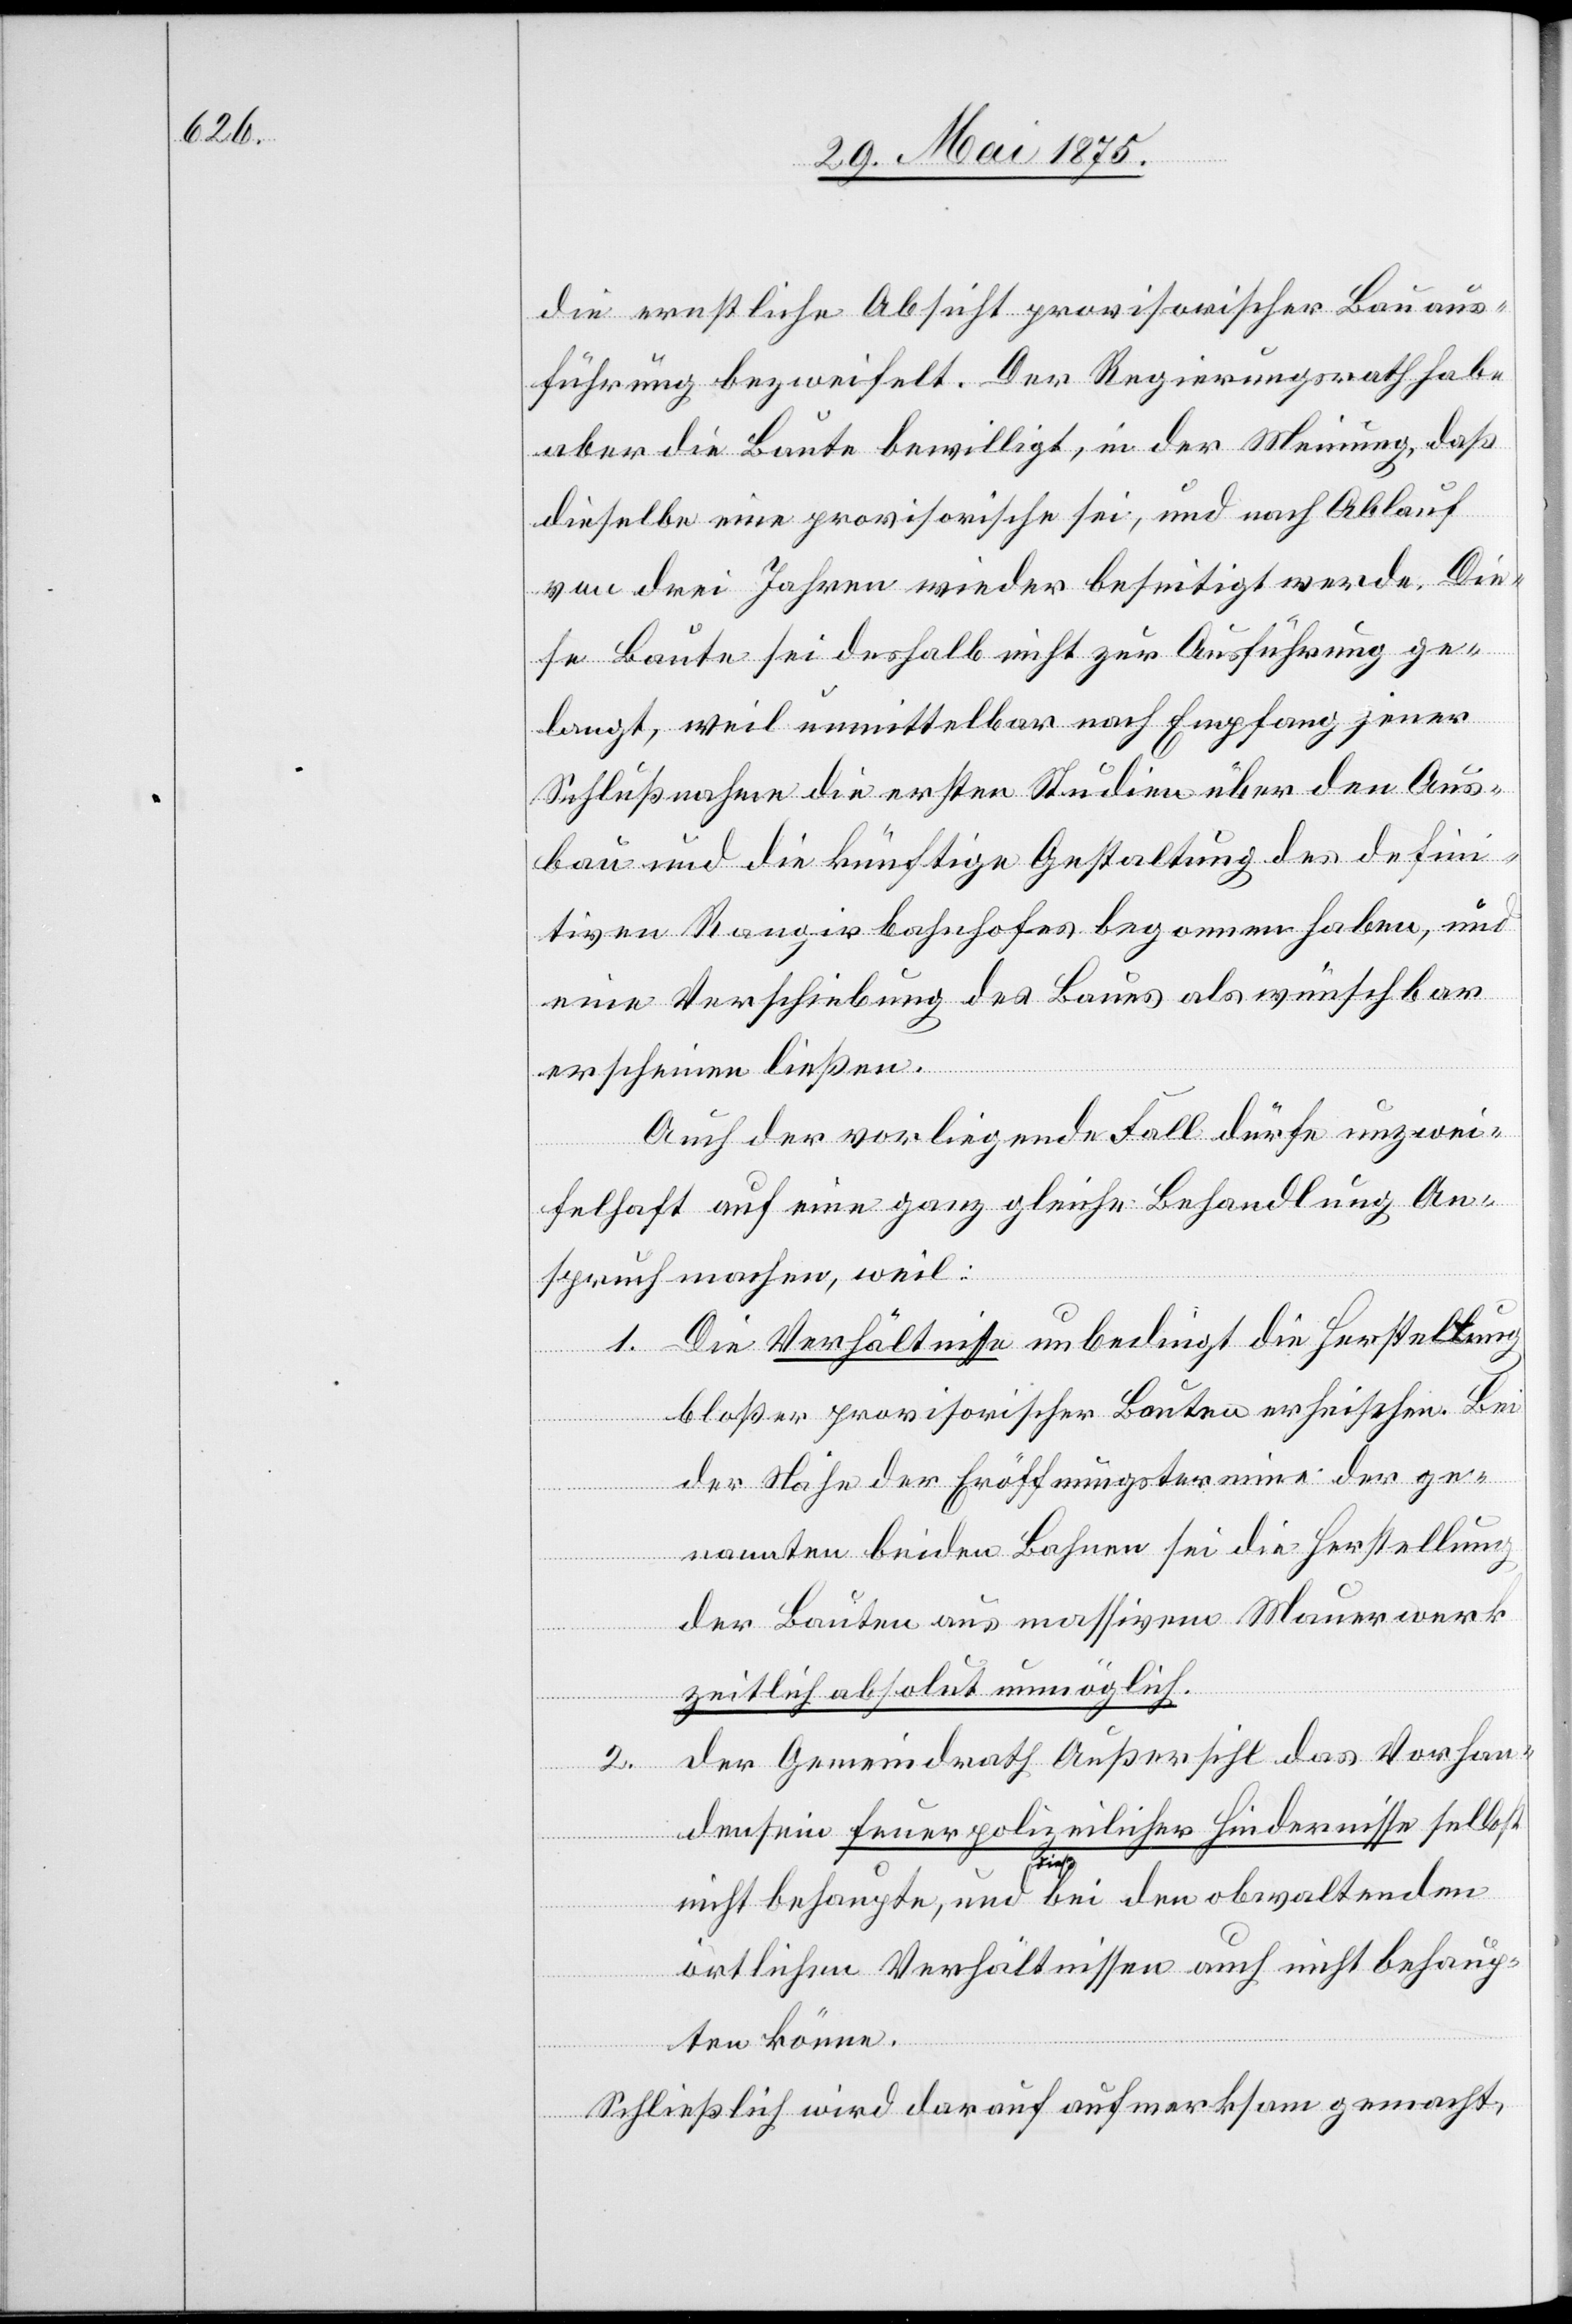
die ernstliche Absicht provisorischer Bauaus¬
führung bezweifelt. Der Regierungsrath habe
aber die Baute bewilligt, in der Meinung, daß
dieselben eine provisorische sei, und nach Ablauf
von drei Jahren wieder beseitigt werde. Die¬
se Baute sei deshalb nicht zur Ausführung ge¬
langt, weil unmittelbar nach Empfang jener
Schlußnahme die ersten Studien über den Aus¬
bau und die künftige Gestaltung des defini¬
tiven Rangirbahnhofes begonnen haben, und
eine Verschiebung des Baues als wünschbar
erscheinen ließen.
Auch der vorliegende Fall dürfe unzwei¬
felhaft auf eine ganz gleiche Behandlung An¬
spruch machen, weil:
1. Die Verhältnisse unbedingt die Herstellung
bloßer provisorischer Bauten erheischen. Bei
der Nähe der Eröffnungstermine der ge¬
nannten beiden Bahnen sei die Herstellung
der Bauten aus massivem Mauerwerk
zeitlich absolut unmöglich.
der Gemeindrath Außersihl das Vorhan¬
2.
densein feuerpolizeilicher Hindernisse selbst
auch behaupte, und bei den obwaltenden
örtlichen Verhältnissen auch nicht behaup¬
ten könne.
Schließlich wird darauf aufmerksam gemacht,